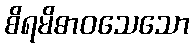
စိရမိဓာဝသေသော